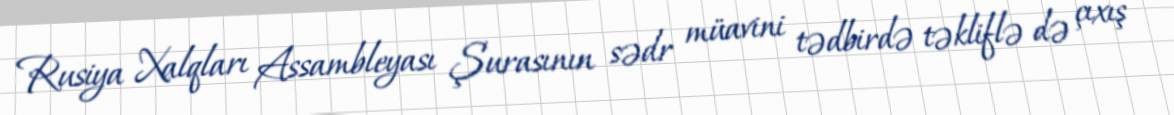
Rusiya Xalqları Assambleyası Şurasının sədr müavini tədbirdə təkliflə də çıxış